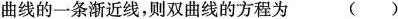
曲线的一条渐近线，则双曲线的方程为()